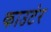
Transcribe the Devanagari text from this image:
काउटंर